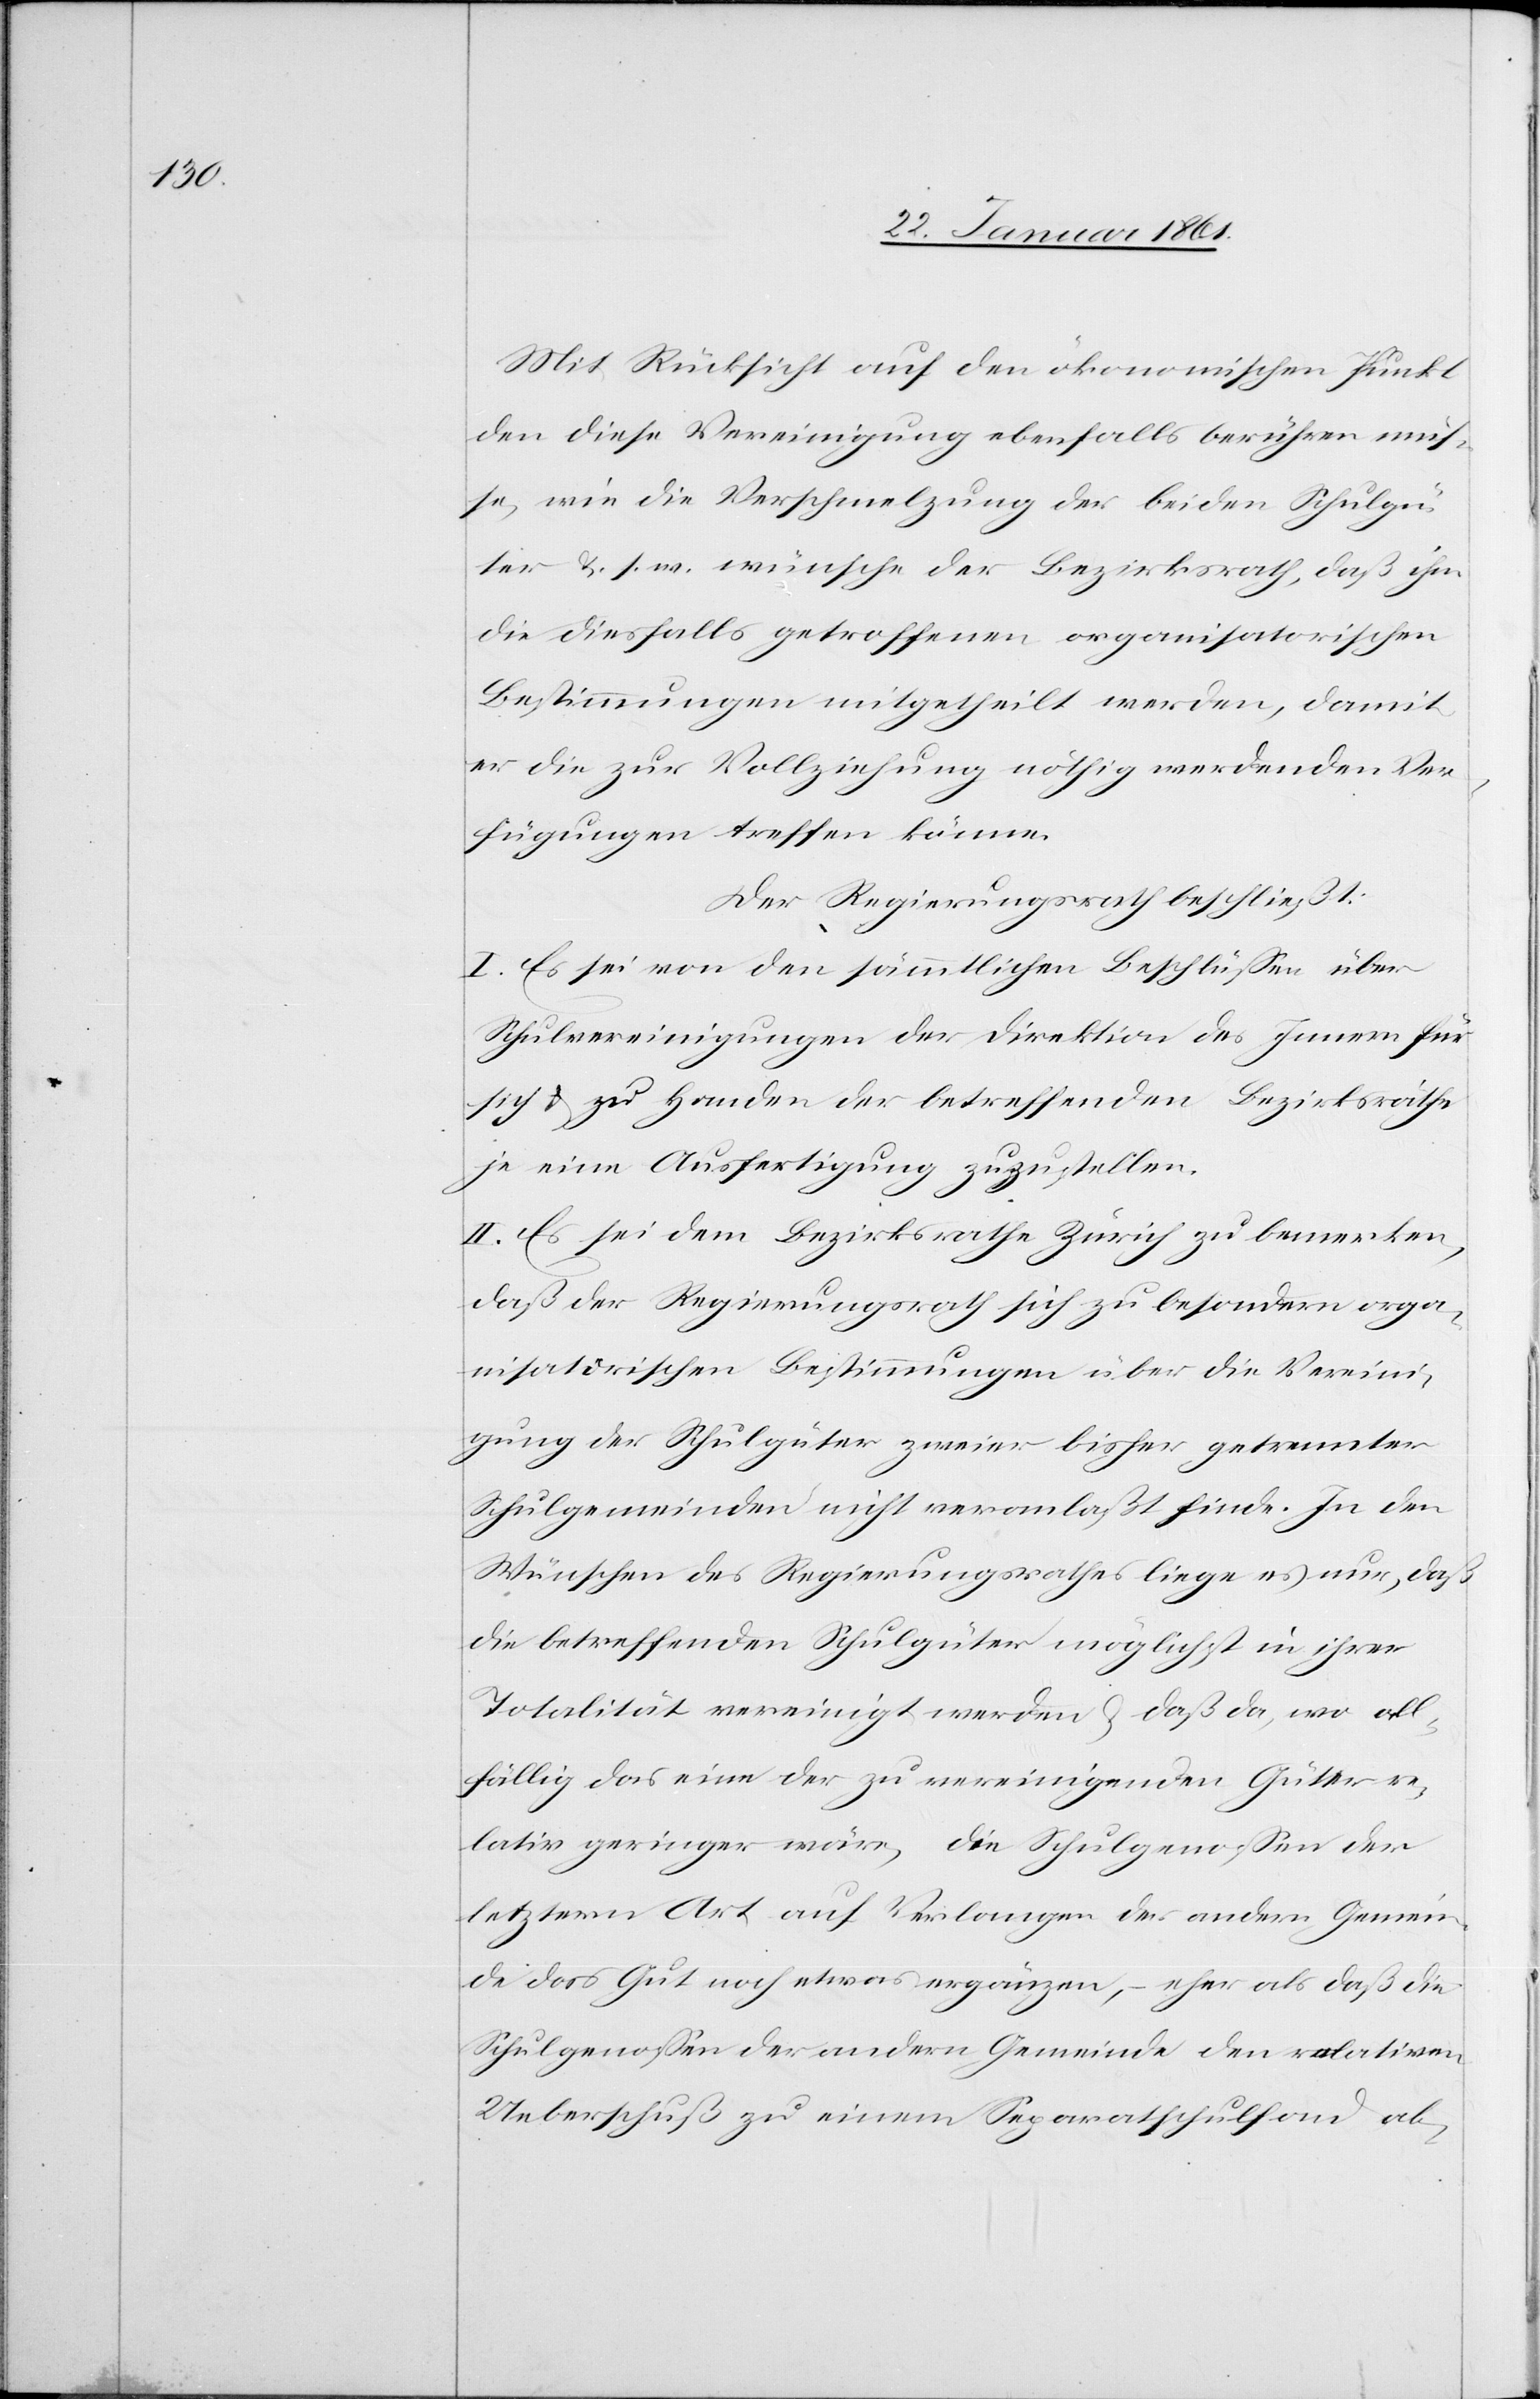
Mit Rücksicht auf den ökonomischen Punkt
den diese Vereinigung ebenfalls berühren müs¬
se, wie die Verschmelzung der beiden Schulgü¬
ter u. s. w. wünsche der Bezirksrath, daß ihm
die diesfalls getroffenen organisatorischen
Bestimmungen mitgetheilt werden, damit
er die zur Vollziehung nöthig werdenden Ver¬
fügungen treffen könne.
Der Regierungsrath beschließt:
I. Es sei von den sämmtlichen Beschlüssen über
Schulvereinigungen der Direktion des Innern für
sich u. zu Handen der betreffenden Bezirksräthe
je eine Ausfertigung zuzustellen.
II. Es sei dem Bezirksrathe Zürich zu bemerken,
daß der Regierungsrath sich zu besondern orga¬
nisatorischen Bestimmungen über die Vereini¬
gung der Schulgüter zweier bisher getrennter
Schulgemeinden nicht veranlaßt finde. In den
Wünschen des Regierungsrathes liege es nun, daß
die betreffenden Schulgüter möglichst in ihrer
Totalität vereinigt werden u. daß da, wo all¬
fällig das eine der zu vereinigenden Güter re¬
lativ geringer wäre, die Schulgenossen der
letztern Art auf Verlangen der andern Gemein¬
de das Gut noch etwas ergänzen, – eher als daß die
Schulgenossen der andern Gemeinde den relativen
Ueberschuß zu einem Separatschulfond ab-